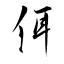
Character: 佴